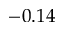
- 0 . 1 4